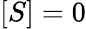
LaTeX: [S]=0